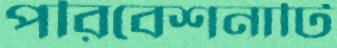
পরিবেশনাটি